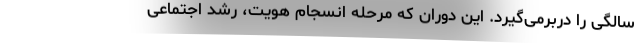
سالگی را دربرمی‌گیرد. این دوران که مرحله انسجام هویت، رشد اجتماعی